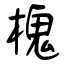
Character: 槐